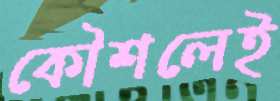
কৌশলেই